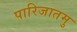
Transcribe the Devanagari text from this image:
पारिजातमु